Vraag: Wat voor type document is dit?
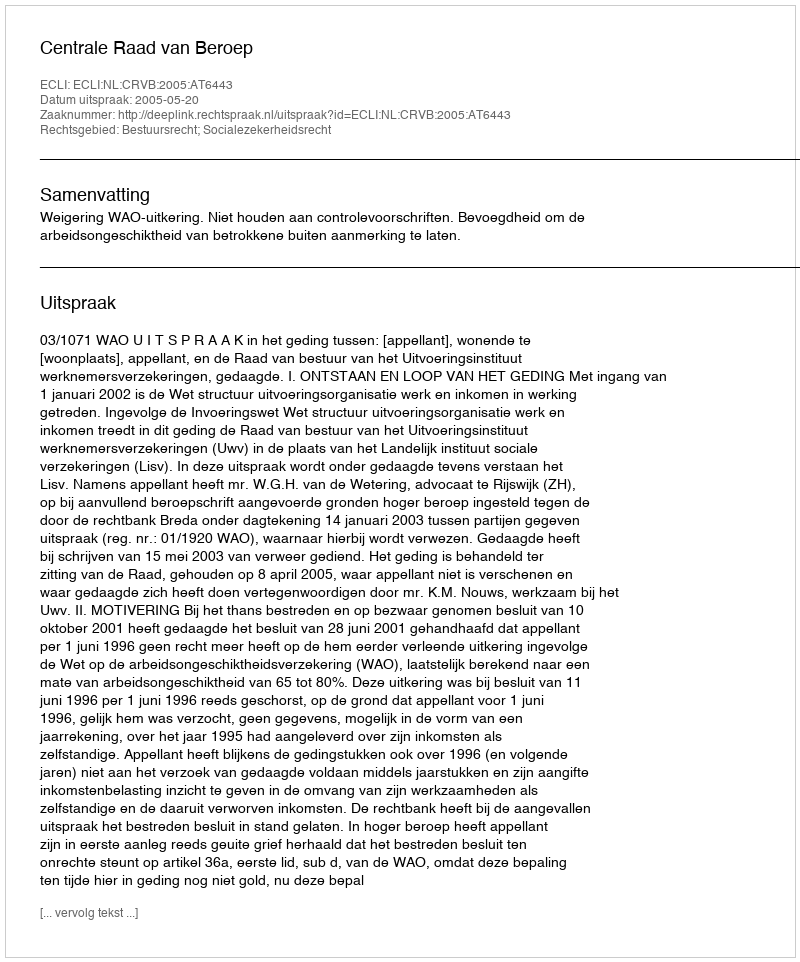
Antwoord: Uitspraak